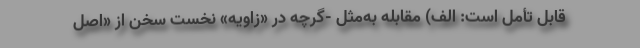
قابل تأمل است: الف) مقابله به‌مثل -گرچه در «زاویه» نخست سخن از «اصل